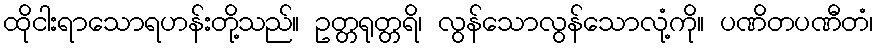
ထိုငါးရာသောရဟန်းတို့သည်။ ဥတ္တရုတ္တရိ၊ လွန်သောလွန်သောလုံ့ကို။ ပဏိတပဏီတံ၊